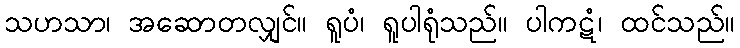
သဟသာ၊ အဆောတလျှင်။ ရူပံ၊ ရူပါရုံသည်။ ပါကဋံ၊ ထင်သည်။